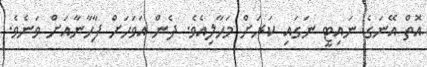
އޮތް އޭނަގެ ނައިޓީ ނަގައި ކަރަށް މަހާލިއެވެ. ދެން އަވަހަށް ފާހާނާއަށް ވަނެވެ.